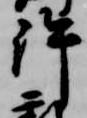
許